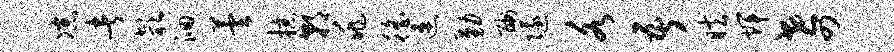
凉者欹洄芸掠朝兆徭速勤酬隧各吾眩辉世四